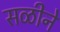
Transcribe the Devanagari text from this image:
सळीने